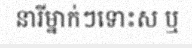
នារីម្នាក់ៗទោះស ឬ